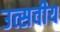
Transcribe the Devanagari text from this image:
उत्सवीय